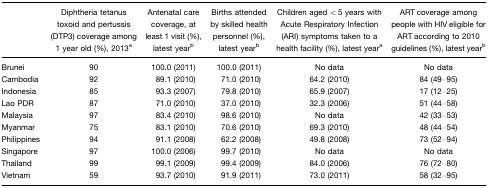
|  | Diphtheria tetanus toxoid and pertussis (DTP3) coverage among 1 year old (%), 2013a | Antenatal care coverage, at least 1 visit (%), latest yearb | Births attended by skilled health personnel (%), latest yearb | Children aged < 5 years with Acute Respiratory Infection (ARI) symptoms taken to a health facility (%), latest yeara | ART coverage among people with HIV eligible for ART according to 2010 guidelines (%), latest yearb |
 | --- | --- | --- | --- | --- | --- |
 | Brunei | 90 | 100.0 (2011) | 100.0 (2011) | No data | No data |
 | Cambodia | 92 | 89.1 (2010) | 71.0 (2010) | 64.2 (2010) | 84 (49–95) |
 | Indonesia | 85 | 93.3 (2007) | 79.8 (2010) | 65.9 (2007) | 17 (12–25) |
 | Lao PDR | 87 | 71.0 (2010) | 37.0 (2010) | 32.3 (2006) | 51 (44–58) |
 | Malaysia | 97 | 83.4 (2010) | 98.6 (2010) | No data | 42 (33–53) |
 | Myanmar | 75 | 83.1 (2010) | 70.6 (2010) | 69.3 (2010) | 48 (44–54) |
 | Philippines | 94 | 91.1 (2008) | 62.2 (2008) | 49.8 (2008) | 73 (52–94) |
 | Singapore | 97 | 100.0 (2006) | 99.7 (2010) | No data | No data |
 | Thailand | 99 | 99.1 (2009) | 99.4 (2009) | 84.0 (2006) | 76 (72–80) |
 | Vietnam | 59 | 93.7 (2010) | 91.9 (2011) | 73.0 (2011) | 58 (32–95) |